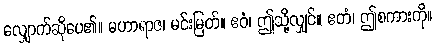
လျှောက်ဆိုပေ၏။ မဟာရာဇ၊ မင်းမြတ်။ ဧဝံ၊ ဤသို့လျှင်။ ဧတံ၊ ဤစကားကို။